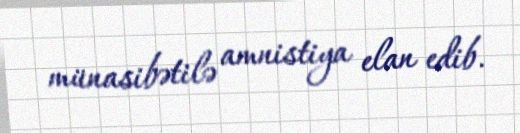
münasibətilə amnistiya elan edib.